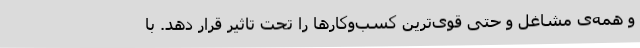
و همه‌ی مشاغل و حتی قوی‌ترین کسب‌و‌کارها را تحت تاثیر قرار دهد. با